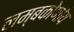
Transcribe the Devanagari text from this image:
लम्बकोणीय